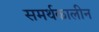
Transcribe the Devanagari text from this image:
समर्थकालीन